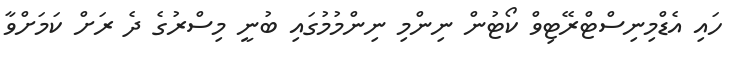
ހައި އެޑްމިނިސްޓްރޭޓިވް ކޯޓުން ނިންމި ނިންމުމުގައި ބުނީ މިސްރުގެ ދެ ރަށް ކަމަށްވާ